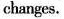
changes.